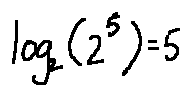
\log _ { 2 } ( 2 ^ { 5 } ) = 5